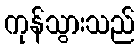
ကုန်သွားသည်